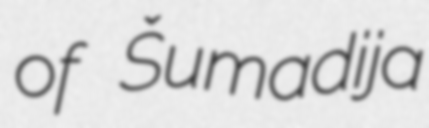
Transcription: of Šumadija